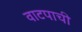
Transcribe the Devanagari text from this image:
वाटपाची